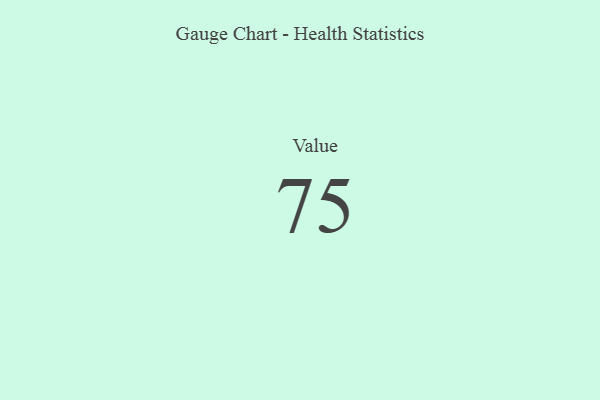
{"axis": {"x": "Metric", "y": "Value"}, "legend": [""], "data": [{"x": "Value", "y": 75, "type": ""}]}